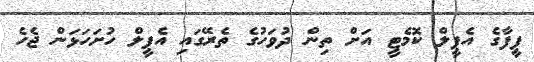
ފީފާގެ އެޕީލް ކޮމެޓީ އަށް ތިން ދުވަހުގެ ތެރޭގައި އެޕީލް ހުށަހަޅަން ޖެހެ